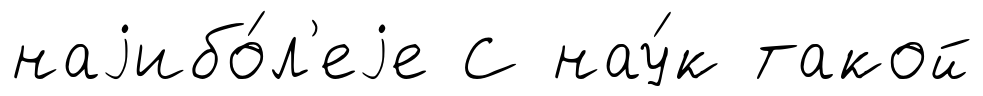
наjибо́л'еjе С нау́к такой